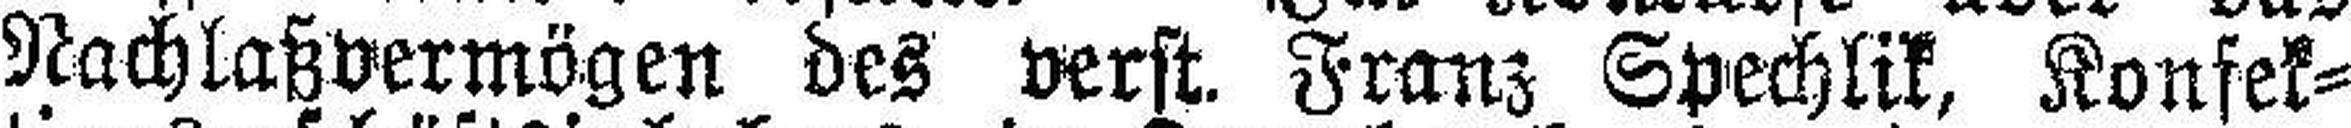
Nachlaßvermögen des verst. Franz Spechlik, Konfek¬